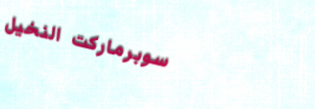
سوبرماركت النخيل